Trukikaitis_Postimees, lk 6
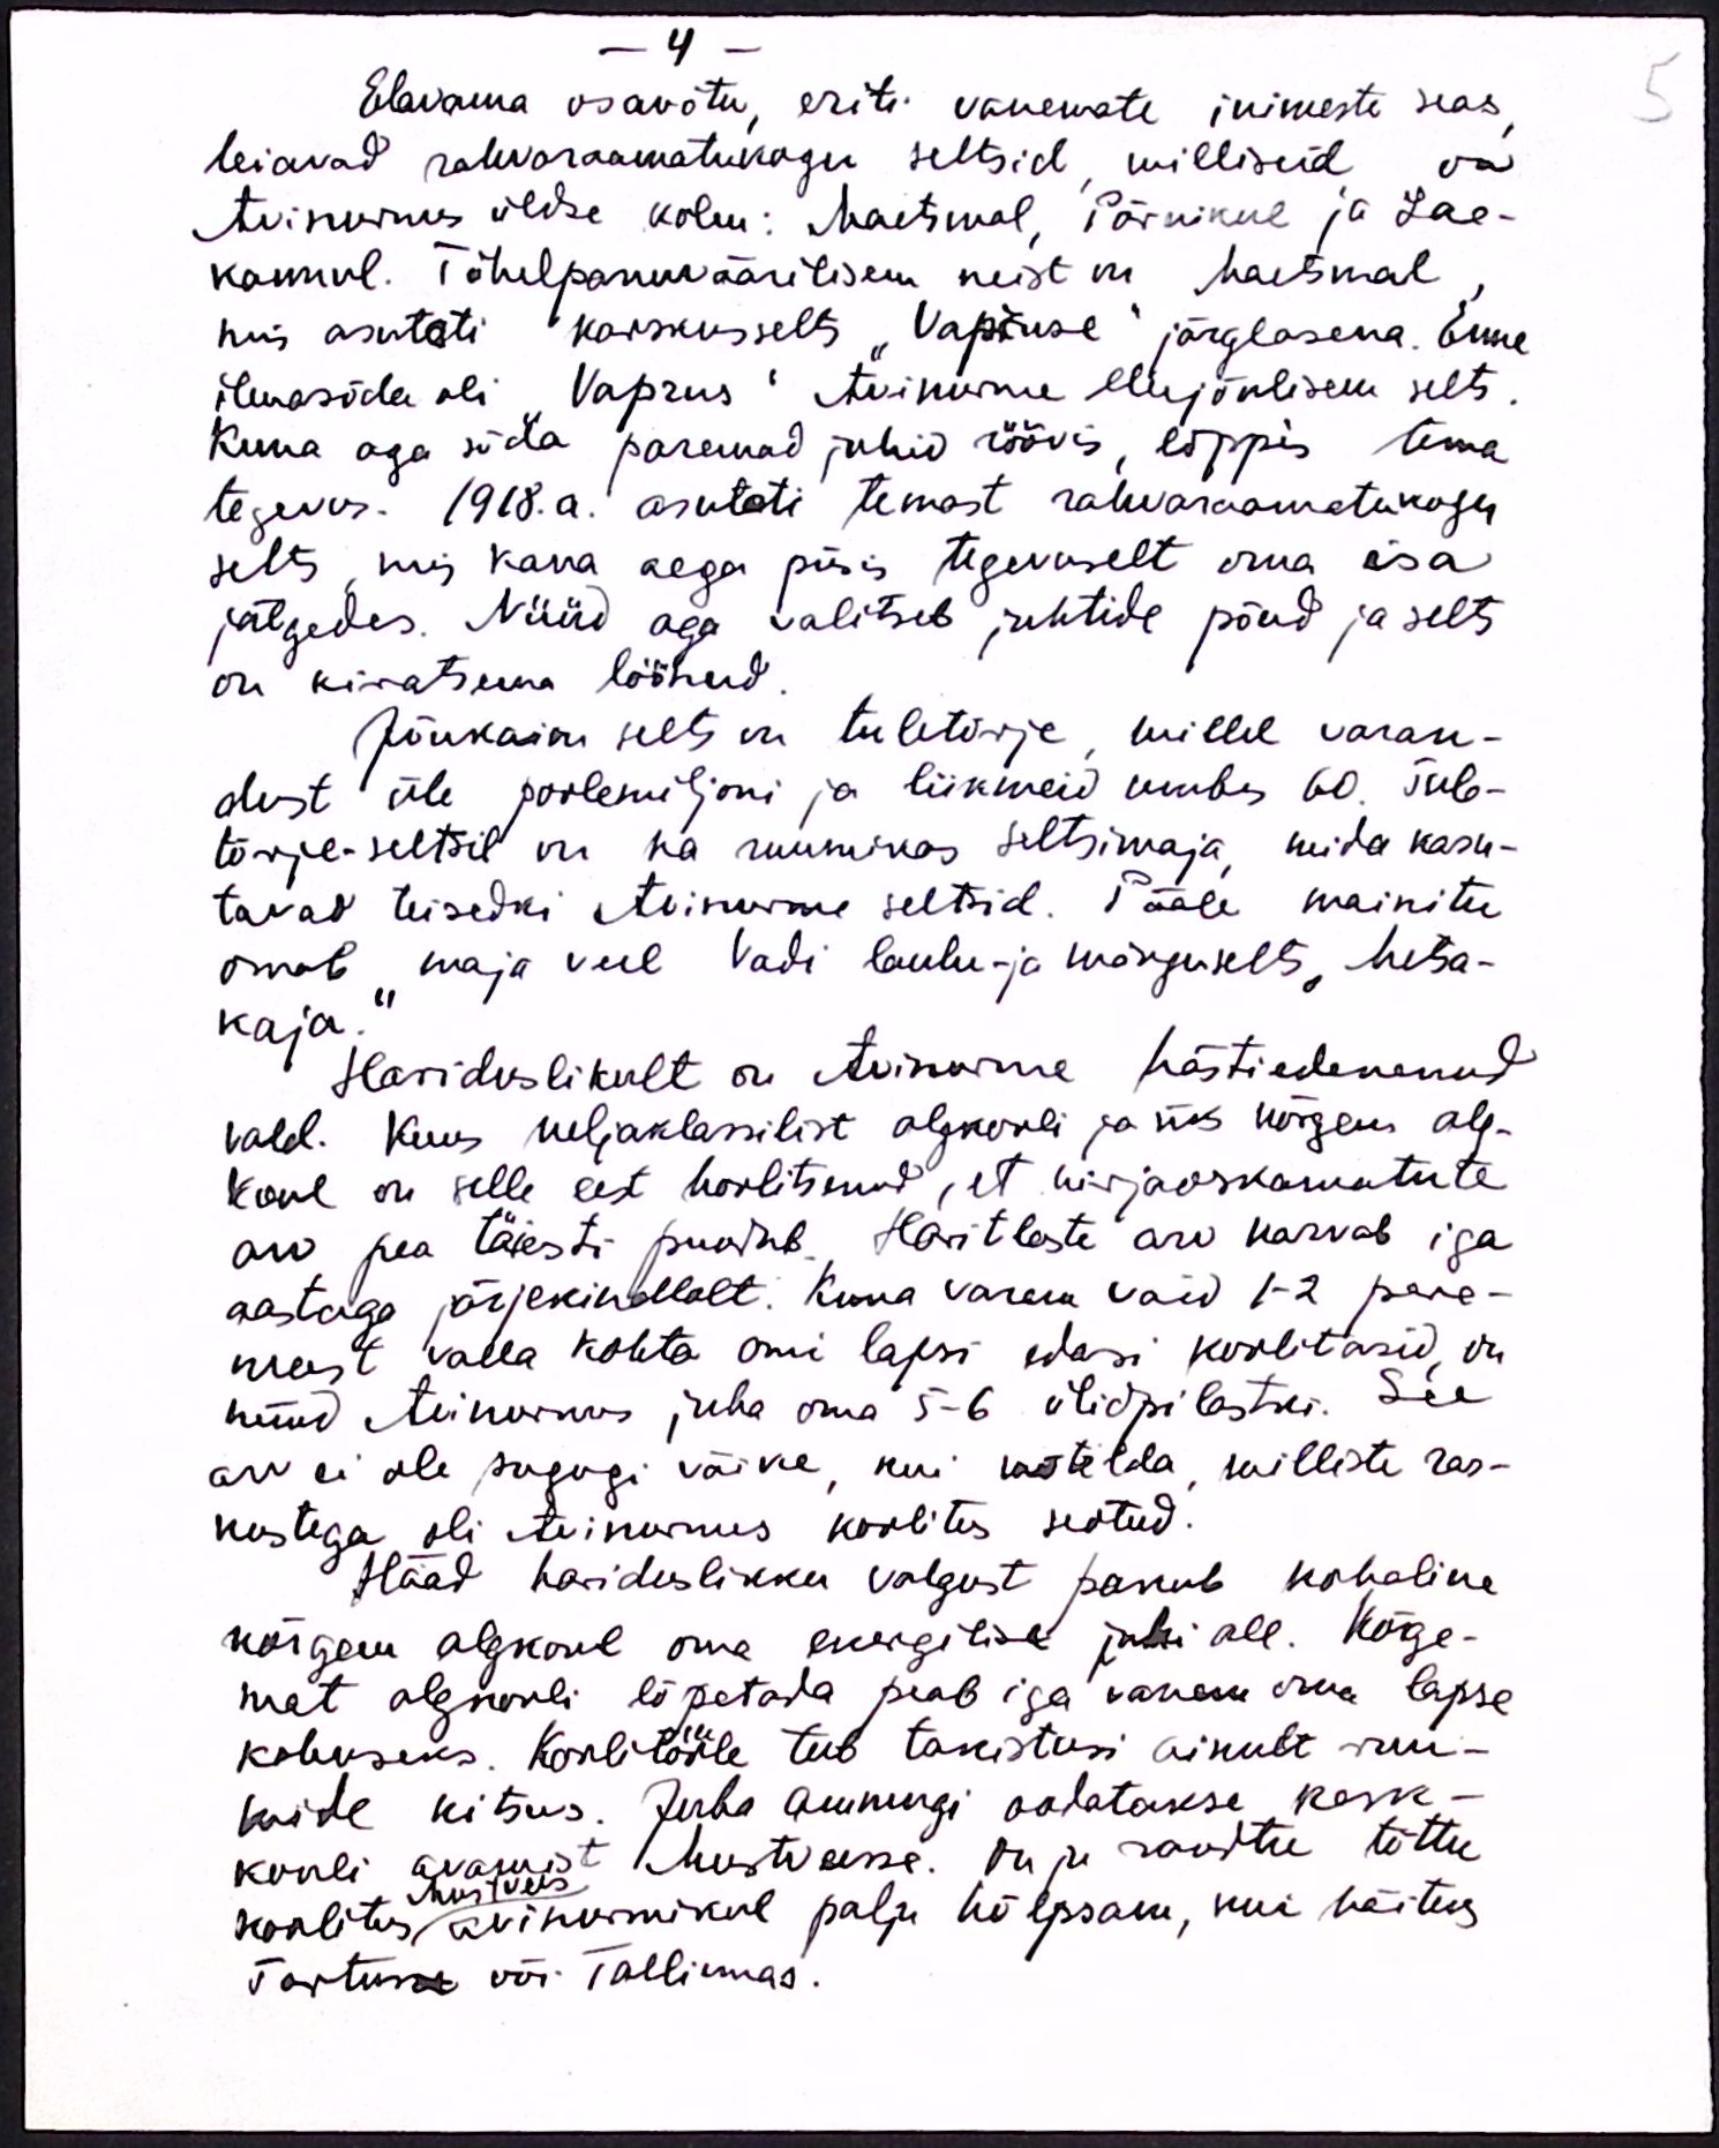
Elavama osavõtu, eriti vanemate inimeste seas
leiavad rahvaraamatukogu seltsid, milliseid on
Avinurmes üldse kolm: Maetmal, Pärnikul ja Sae-
kannul. Tähelepanuväärilisem neist on Maetmal
kus asutati karskusselts "Vapruse" järglasena. Enne
ilmasõda oli Vaprus" Avinurme elujõulikum selts.
Kuna aga sõda paremad juhid röövis, lõppes tema
tegevus. 1918. a. asutati temast rahvaraamatukogu
selts, mis kaua aega püsis tegevuselt oma isa
jälgedes. Nüüd aga valitseb juhtide põud ja selts
on kiratsema jäänud.
Jõukaim selts on tuletõrje, millel varan-
dust üle poolemiljoni ja liikmeid umbes 60. Tule-
tõrje-seltsil on ka ruumikas seltsimaja mida kasu-
tavad teisedki Avinurme seltsid. Pääle mainitu
omab maja veel Vadi laulu- ja mänguselts "Metsa-
kaja.
Hariduslikult on Avinurme hästi edenenud
vald. Kuus neljaklassilist algkooli ja üks kõrgem alg-
kool on selle eest hoolitsenud, et kirjaoskamatute
arv pea täiesti puudub. Haritlaste arv kasvab iga
aastaga järjekindlalt. Kuna varem vaid 1-2 pere-
meest valla kohta omi lapsi edasi koolitanud, on
nüüd Avinurmes juba oma 5-6 üliõpilastki. See
arv ei ole sugugi väike, kui mõtelda, milliste ras-
kustega oli Avinurmes koolitus seotud.
Hääd hariduslikku valgust paneb kohaline
kõrgem algkool oma energilise juhi all. Kõrge-
mat algkooli lõpetada peab iga vanem oma lapse
kohuseks. Koolitööle teeb takistusi ainult ruu-
mide kitsus. Juba ammugi oodatakse kesk-
kooli avamist Mustveesse. Onju savitee tõttu
koolitee Avinurmikul palju hõlpsam, kui käitus
Mustvees
Tartusse või Tallinnas.